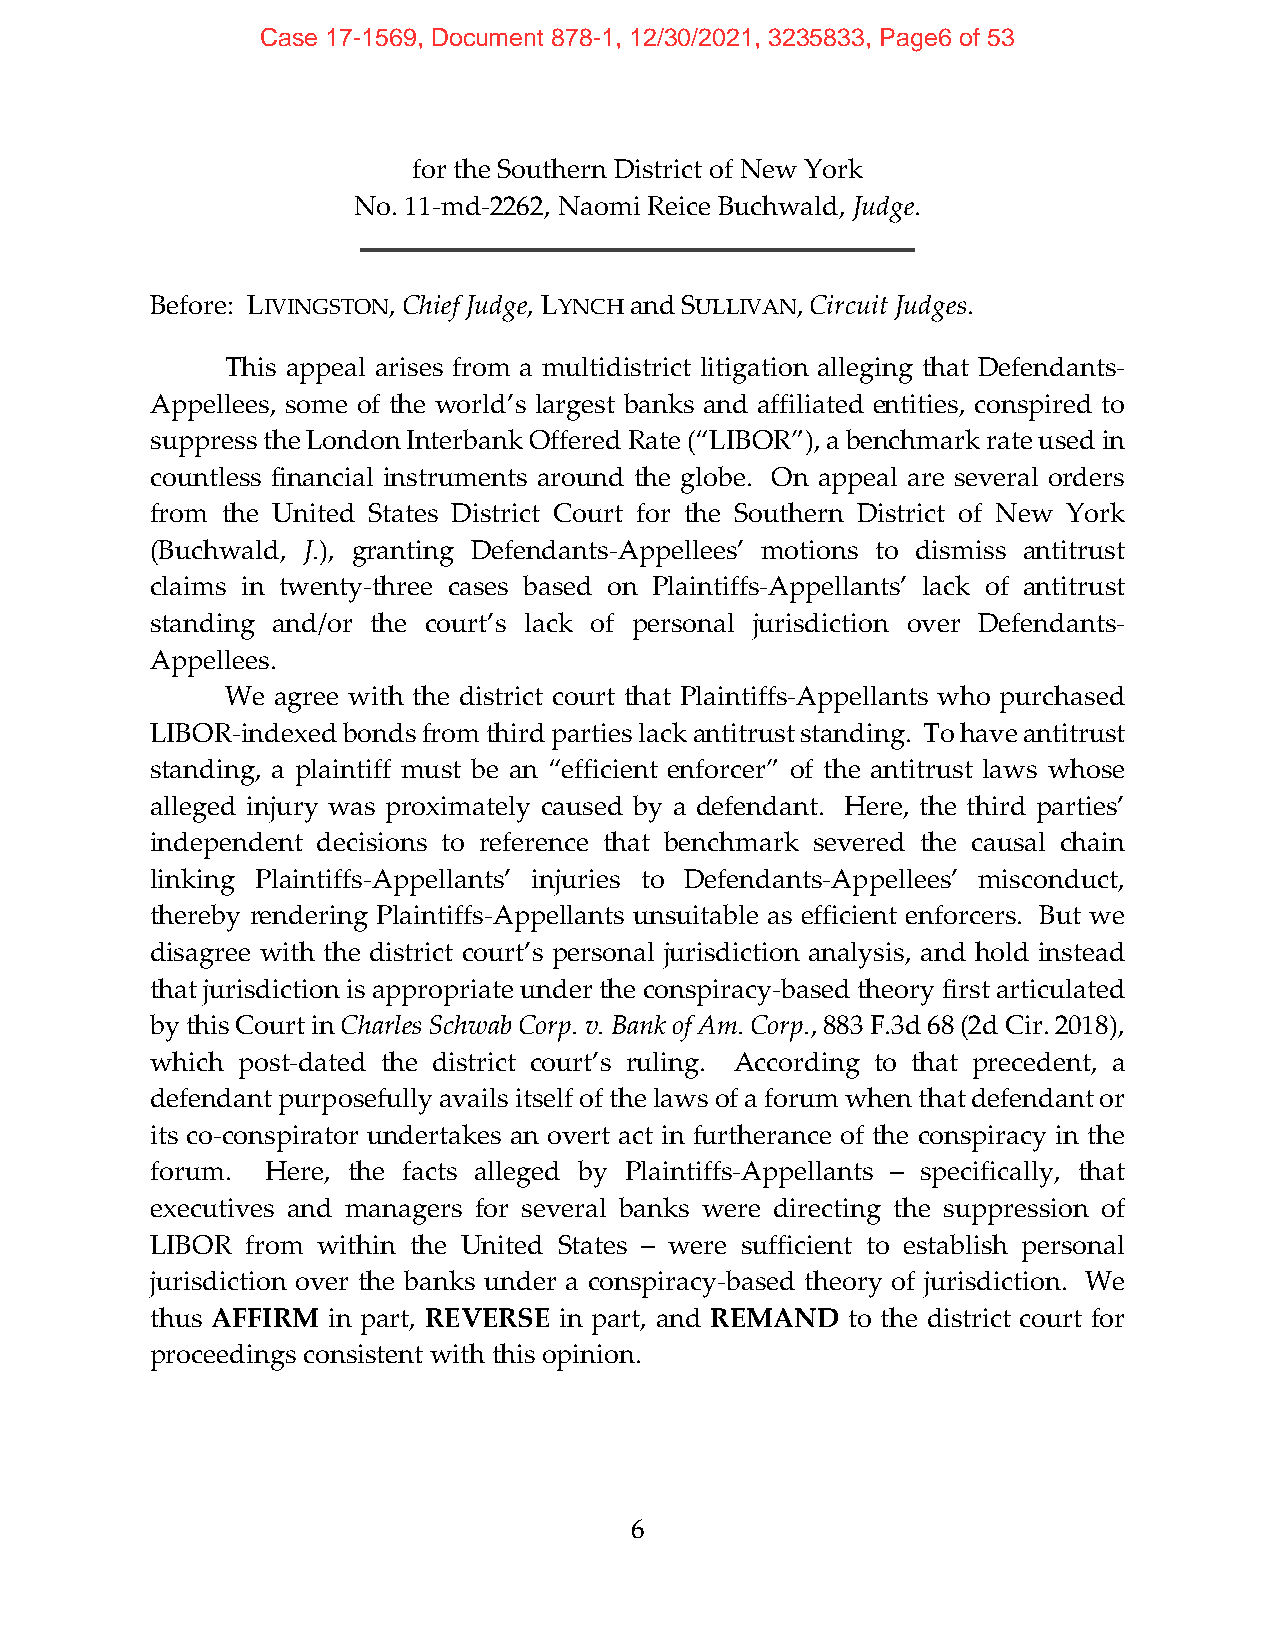
Case 17-1569, Document 878-1, 12/30/2021, 3235833, Page6 of 53
 for the Southern District of New York
 No. 11‐md‐2262, Naomi Reice Buchwald, Judge.
 Before: LIVINGSTON, Chief Judge, LYNCH and SULLIVAN, Circuit Judges.
 This appeal arises from a multidistrict litigation alleging that Defendants‐
 Appellees, some of the world’s largest banks and affiliated entities, conspired to
 suppress the London Interbank Offered Rate (“LIBOR”), a benchmark rate used in
 countless financial instruments around the globe. On appeal are several orders
 from the United States District Court for the Southern District of New York
 (Buchwald, J.), granting Defendants‐Appellees’ motions to dismiss antitrust
 claims in twenty‐three cases based on Plaintiffs‐Appellants’ lack of antitrust
 standing and/or the court’s lack of personal jurisdiction over Defendants‐
 Appellees.
 We agree with the district court that Plaintiffs‐Appellants who purchased
 LIBOR‐indexed bonds from third parties lack antitrust standing. To have antitrust
 standing, a plaintiff must be an “efficient enforcer” of the antitrust laws whose
 alleged injury was proximately caused by a defendant. Here, the third parties’
 independent decisions to reference that benchmark severed the causal chain
 linking Plaintiffs‐Appellants’ injuries to Defendants‐Appellees’ misconduct,
 thereby rendering Plaintiffs‐Appellants unsuitable as efficient enforcers. But we
 disagree with the district court’s personal jurisdiction analysis, and hold instead
 that jurisdiction is appropriate under the conspiracy‐based theory first articulated
 by this Court in Charles Schwab Corp. v. Bank of Am. Corp., 883 F.3d 68 (2d Cir. 2018),
 which post‐dated the district court’s ruling. According to that precedent, a
 defendant purposefully avails itself of the laws of a forum when that defendant or
 its co‐conspirator undertakes an overt act in furtherance of the conspiracy in the
 forum.  Here, the facts alleged by Plaintiffs‐Appellants – specifically, that
 executives and managers for several banks were directing the suppression of
 LIBOR from within the United States – were sufficient to establish personal
 jurisdiction over the banks under a conspiracy‐based theory of jurisdiction. We
 thus AFFIRM in part, REVERSE in part, and REMAND to the district court for
 proceedings consistent with this opinion.
 6